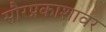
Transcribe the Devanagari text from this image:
सौरप्रकाशावर